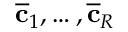
\overline { { \mathbf { c } } } _ { 1 } , \hdots , \overline { { \mathbf { c } } } _ { R }